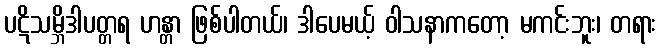
ပဋိသမ္ဘိဒါပတ္တရ ဟန္တာ ဖြစ်ပါတယ်၊ ဒါပေမယ့် ဝါသနာကတော့ မကင်းဘူး၊ တရား